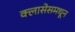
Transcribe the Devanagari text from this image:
क्लासेसमधून